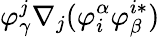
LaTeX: \varphi_{\gamma}^{j}\nabla_{j}(\varphi_{i}^{\alpha}\varphi_{\beta}^{i*})